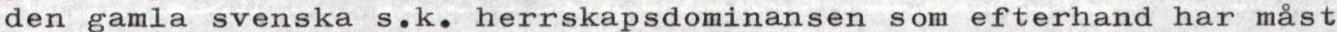
den gamla svenska s.k. herrskapsdominansen som efterhand har måst